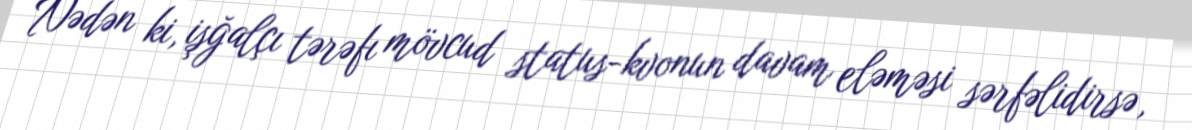
Nədən ki, işğalçı tərəfı mövcud status-kvonun davam eləməsi sərfəlidirsə,